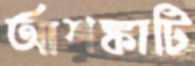
আশঙ্কাটি